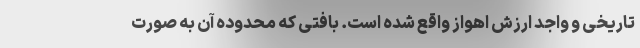
تاریخی و واجد ارزش اهواز واقع شده است. بافتی که محدوده آن به صورت